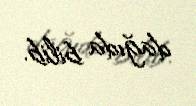
dağıda bilib.